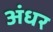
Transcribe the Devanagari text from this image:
अंधर